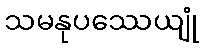
သမနုပဿေယျုံ